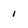
Character: 1